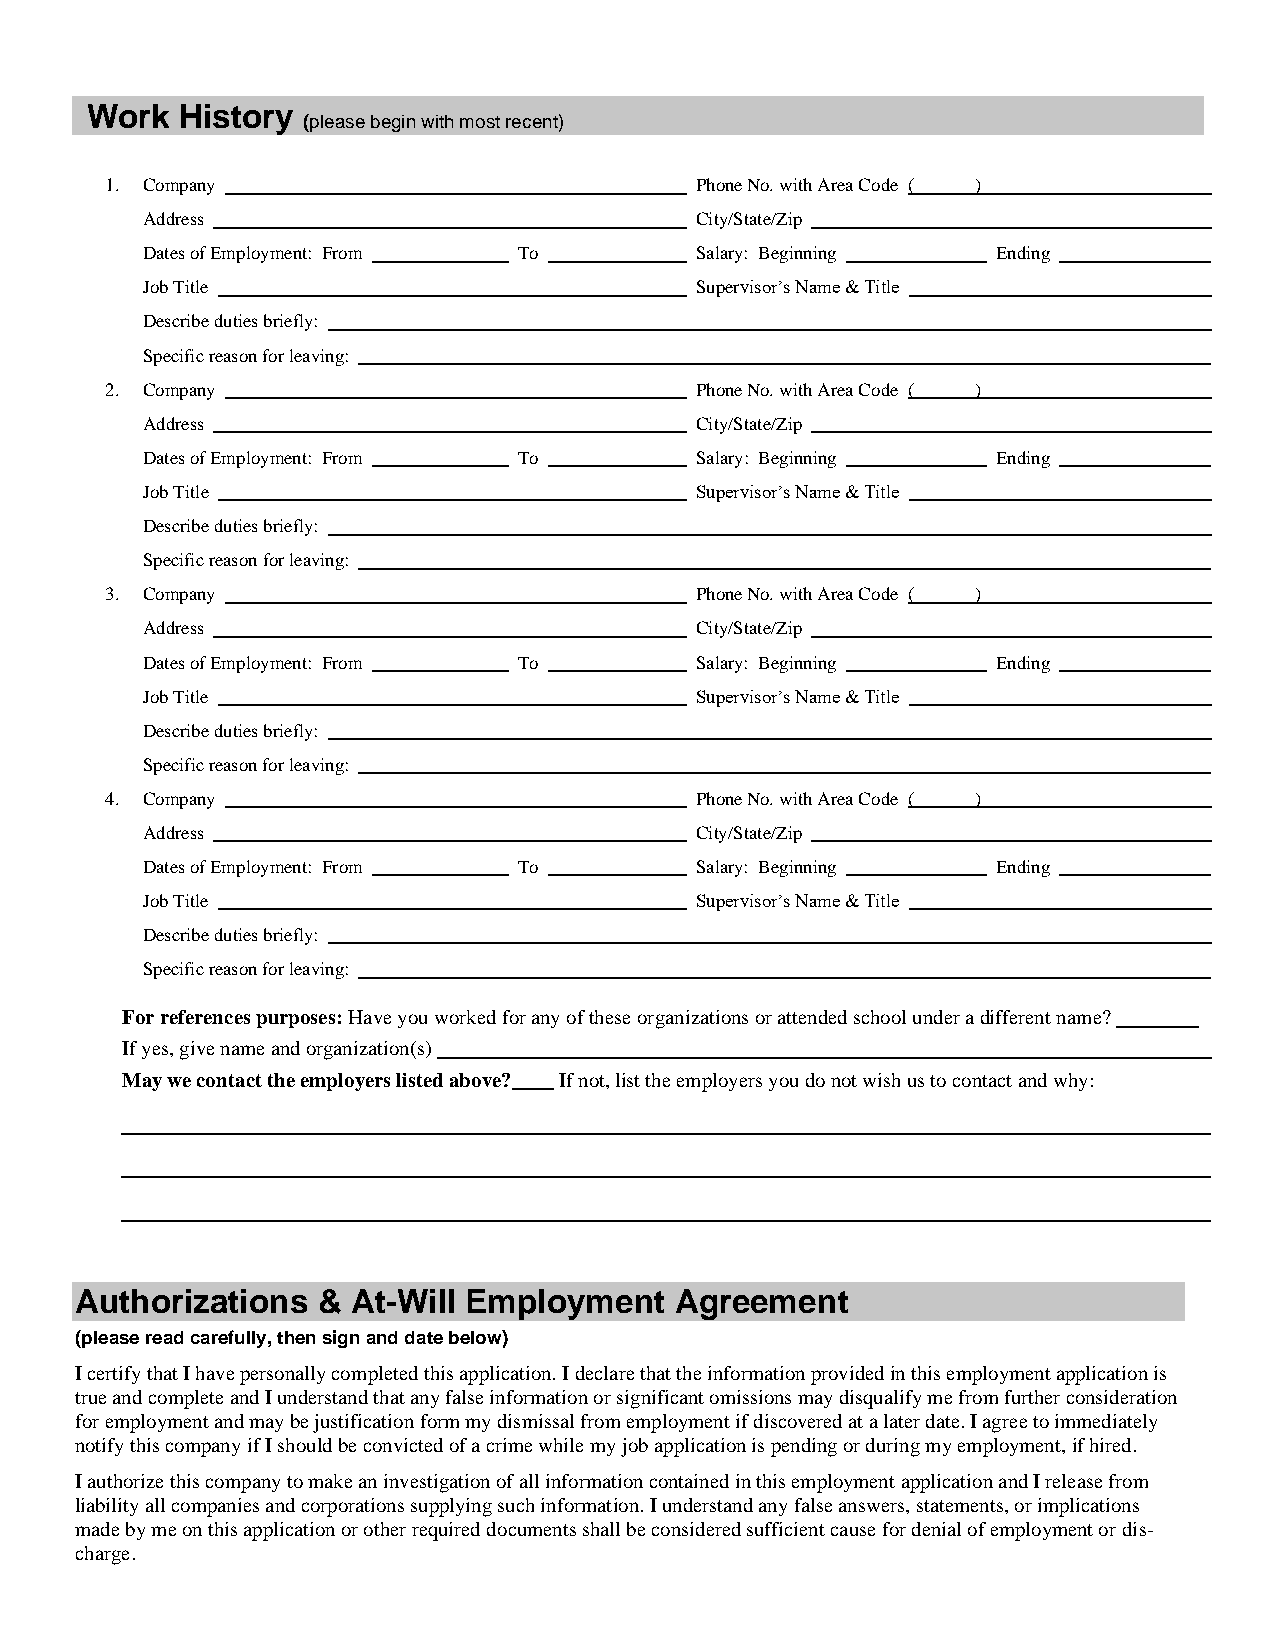
Work  History
 (please begin with most recent)
 1. Company                             Phone No. with Area Code ( )
 Address                              City/State/Zip
 Dates of Employment: From To         Salary: Beginning   Ending
 Job Title                            Supervisor’s Name & Title
 Describe duties briefly:
 Specific reason for leaving:
 2. Company                             Phone No. with Area Code ( )
 Address                              City/State/Zip
 Dates of Employment: From To         Salary: Beginning   Ending
 Job Title                            Supervisor’s Name & Title
 Describe duties briefly:
 Specific reason for leaving:
 3. Company                             Phone No. with Area Code ( )
 Address                              City/State/Zip
 Dates of Employment: From To         Salary: Beginning   Ending
 Job Title                            Supervisor’s Name & Title
 Describe duties briefly:
 Specific reason for leaving:
 4. Company                             Phone No. with Area Code ( )
 Address                              City/State/Zip
 Dates of Employment: From To         Salary: Beginning   Ending
 Job Title                            Supervisor’s Name & Title
 Describe duties briefly:
 Specific reason for leaving:
 For references purposes: Have you worked for any of these organizations or attended school under a different name? .
 If yes, give name and organization(s)
 May we contact the employers listed above? If not, list the employers you do not wish us to contact and why:
 Authorizations  & At-Will Employment    Agreement
 (please read carefully, then sign and date below)
 I certify that I have personally completed this application. I declare that the information provided in this employment application is
 true and complete and I understand that any false information or significant omissions may disqualify me from further consideration
 for employment and may be justification form my dismissal from employment if discovered at a later date. I agree to immediately
 notify this company if I should be convicted of a crime while my job application is pending or during my employment, if hired.
 I authorize this company to make an investigation of all information contained in this employment application and I release from
 liability all companies and corporations supplying such information. I understand any false answers, statements, or implications
 made by me on this application or other required documents shall be considered sufficient cause for denial of employment or dis-
 charge.